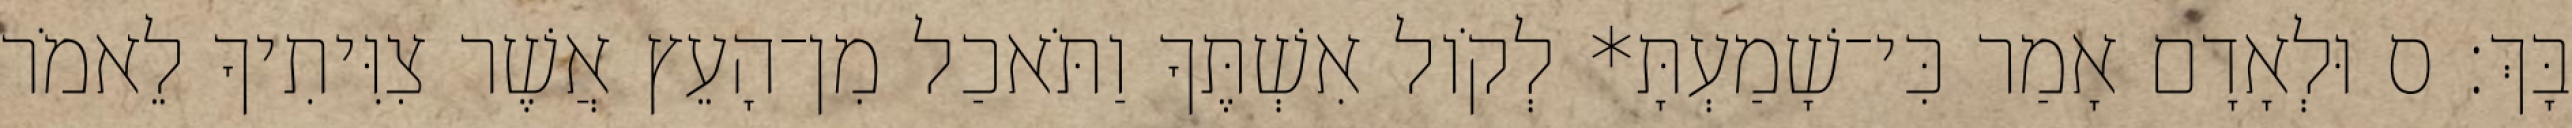
בָּךְ׃ ס וּלְאָדָם אָמַר כִּי־שָׁמַעְתָּ* לְקֹול אִשְׁתֶּךָ וַתֹּאכַל מִן־הָעֵץ אֲשֶׁר צִוִּיתִיךָ לֵאמֹר